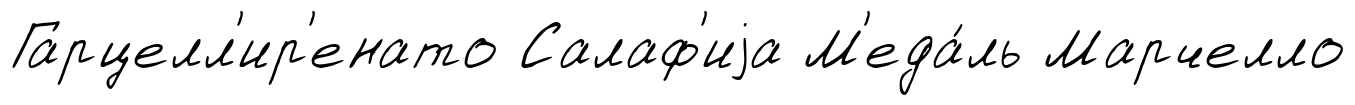
Гарцелл'ир'енато Салаф'иjа М'еда́ль Марчелло